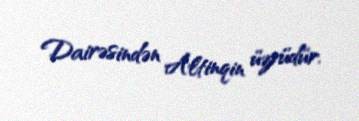
Dairəsindən Altinqin üzvüdür.